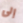
إلى